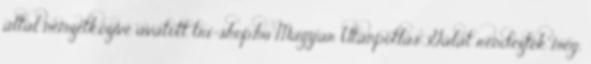
által nemzetközivé avatott tri-shop.hu Magyar Utánpótlás Gálát rendezték meg,